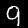
Digit: 9